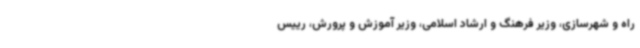
راه و شهرسازی، وزیر فرهنگ و ارشاد اسلامی، وزیر آموزش و پرورش، رییس